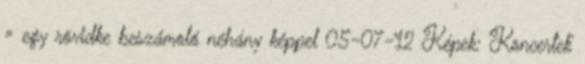
» egy rövidke beszámoló néhány képpel 05-07-12 Képek: 'Koncertek'